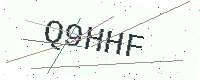
Text: Q9HHF